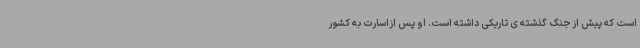
است که پیش از جنگ گذشته ی تاریکی داشته است. او پس ازاسارت به کشور